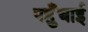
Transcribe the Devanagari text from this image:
पहँुचाई